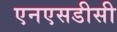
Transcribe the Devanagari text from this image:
एनएसडीसी